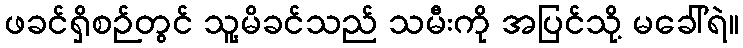
ဖခင်ရှိစဉ်တွင် သူ့မိခင်သည် သမီးကို အပြင်သို့ မခေါ်ရဲ။